65_HS1-834228961_62-HQ-83894_Section_9
Agency: FBI
Page 132
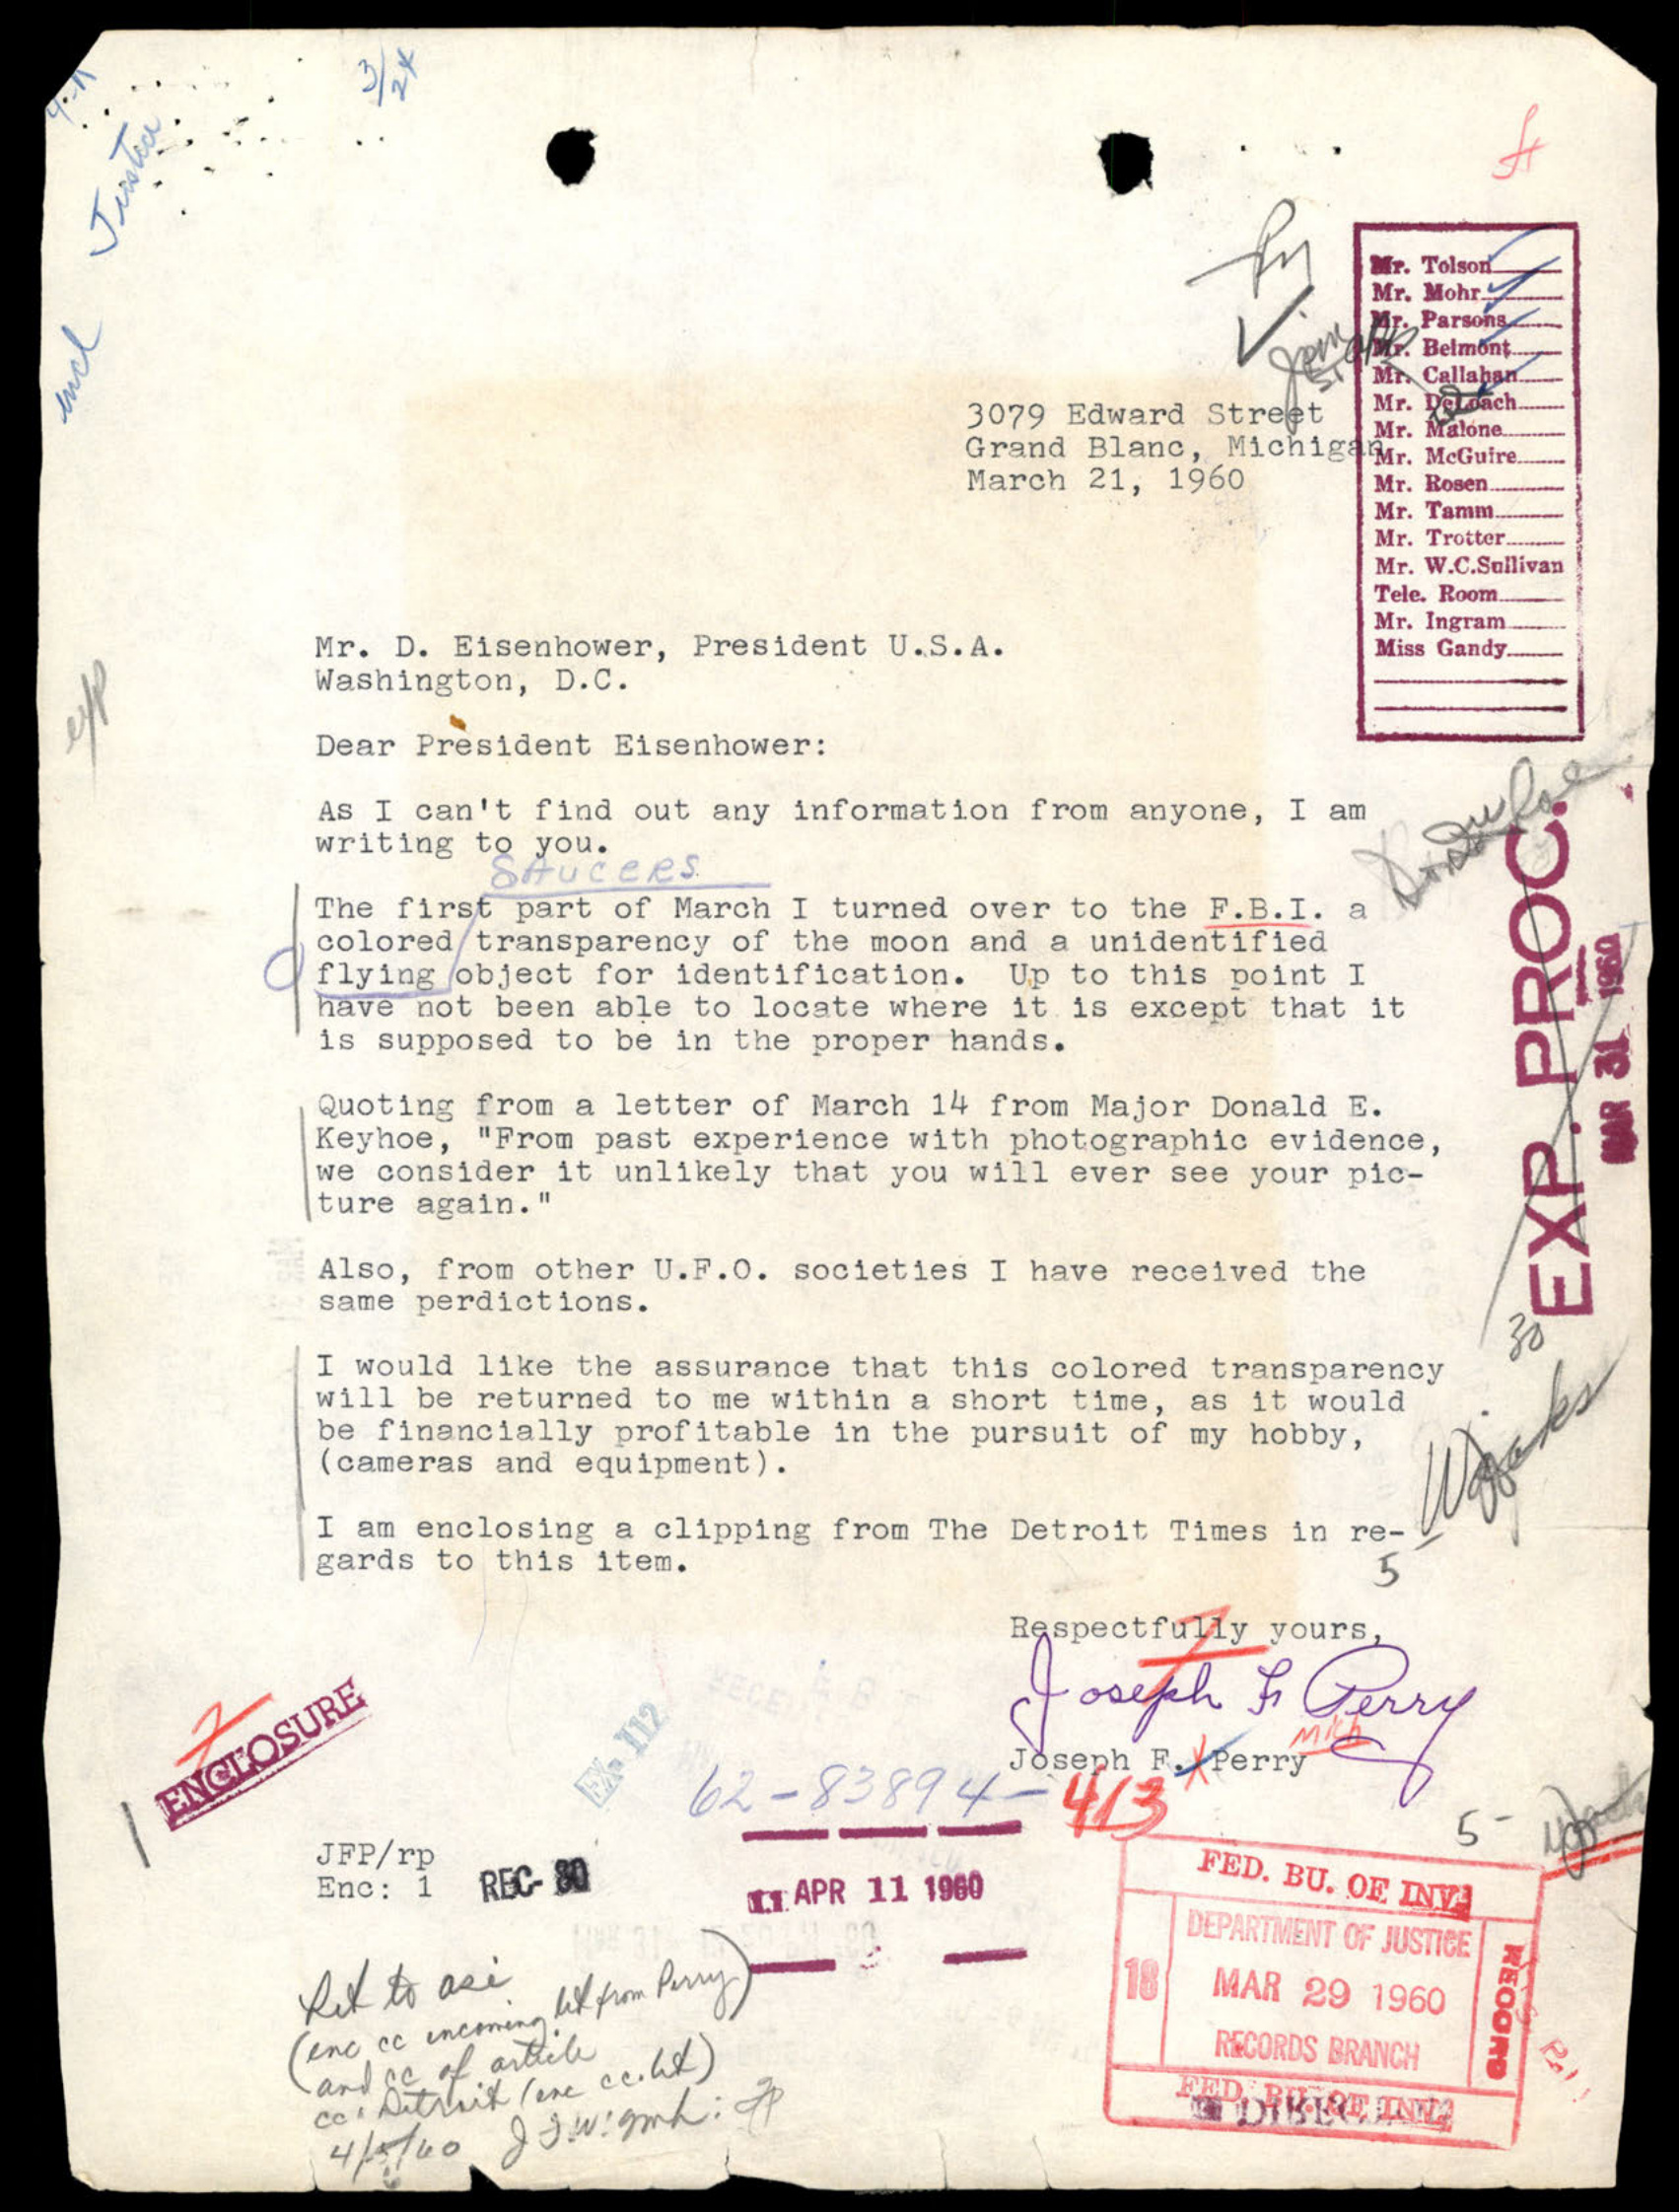